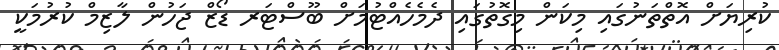
ކުރިޔަށް އޮތްތަނުގައި މިކަން މިގޮތުގައި ދެމެހެއްޓުމަށް ބޫސްޓަރ ޑޯޒް ޖަހުން ލާޒިމް ކުރުމަކީ